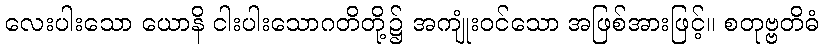
လေးပါးသော ယောနိ ငါးပါးသောဂတိတို့၌ အကျုံးဝင်သော အဖြစ်အားဖြင့်။ စတုဗ္ဗတိဓံ